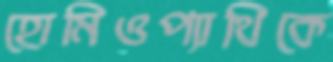
হোমিওপ্যাথিকে